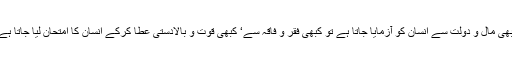
انسانی زندگی کی بنیاد آزمائش پر ہے کبھی مال و دولت سے انسان کو آزمایا جاتا ہے تو کبھی فقر و فاقہ سے‘ کبھی قوت و بالادستی عطا کرکے انسان کا امتحان لیا جاتا ہے تو کبھی ضعف و کمزوری کے ذریعہ۔